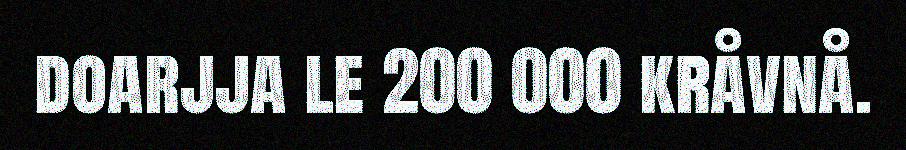
doarjja le 200 000 kråvnå.